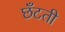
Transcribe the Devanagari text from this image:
छँटती